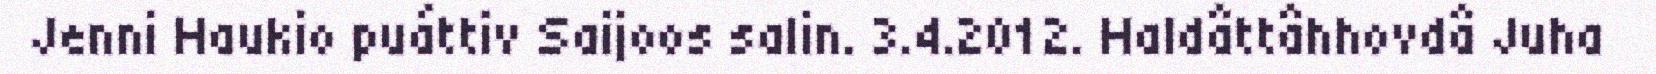
Jenni Haukio puáttiv Saijoos salin. 3.4.2012. Haldâttâhhovdâ Juha